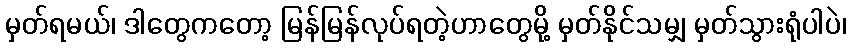
မှတ်ရမယ်၊ ဒါတွေကတော့ မြန်မြန်လုပ်ရတဲ့ဟာတွေမို့ မှတ်နိုင်သမျှ မှတ်သွားရုံပါပဲ၊